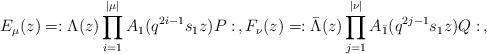
LaTeX: \begin{align*}E_{\mu}(z)=:\Lambda(z)\prod_{i=1}^{|\mu|}A_1(q^{2i-1}s_1z)P:\,,F_{\nu}(z)=:\bar\Lambda(z)\prod_{j=1}^{|\nu|}A_{\bar1}(q^{2j-1}s_1z)Q:\,,\end{align*}